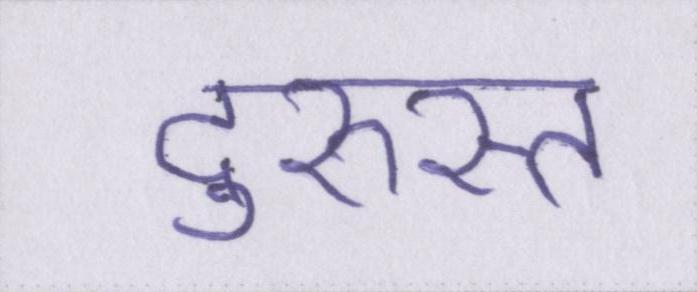
दुरुस्त